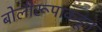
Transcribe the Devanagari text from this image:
बोलीरूपाकडून